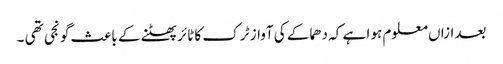
بعدازاں معلوم ہو ا ہے کہ دھماکے کی آواز ٹر ک کا ٹائر پھٹنے کے باعث گو نجی تھی ۔